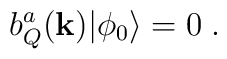
b_Q^a({\bf k})|{\phi_0}\rangle=0\;.